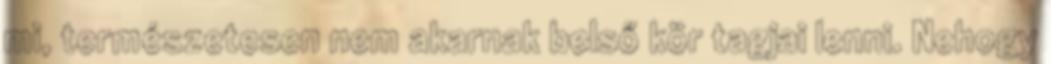
mi, természetesen nem akarnak belső kör tagjai lenni. Nehogy